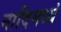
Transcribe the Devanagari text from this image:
नादिमध्यं